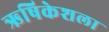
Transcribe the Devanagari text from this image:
ऋषिकेशला